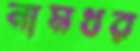
নামধর